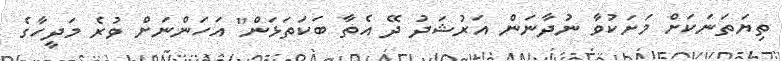
ތިޔަތަނަކަށް މަށަކުވާ ނުދާނަން އަރުޝަދު ދޭ އެތާ ބަކަތަޅަން" އަހަންނަށް ވުރެ މަދީހާގެ